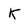
Character: K